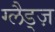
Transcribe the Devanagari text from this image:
ग्लैड्ज़